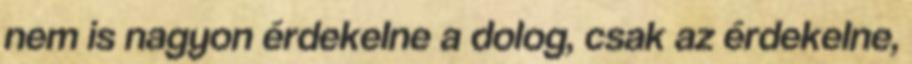
nem is nagyon érdekelne a dolog, csak az érdekelne,